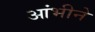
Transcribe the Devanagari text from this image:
आंभीने